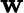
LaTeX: \boldsymbol{\mathbf{w}}